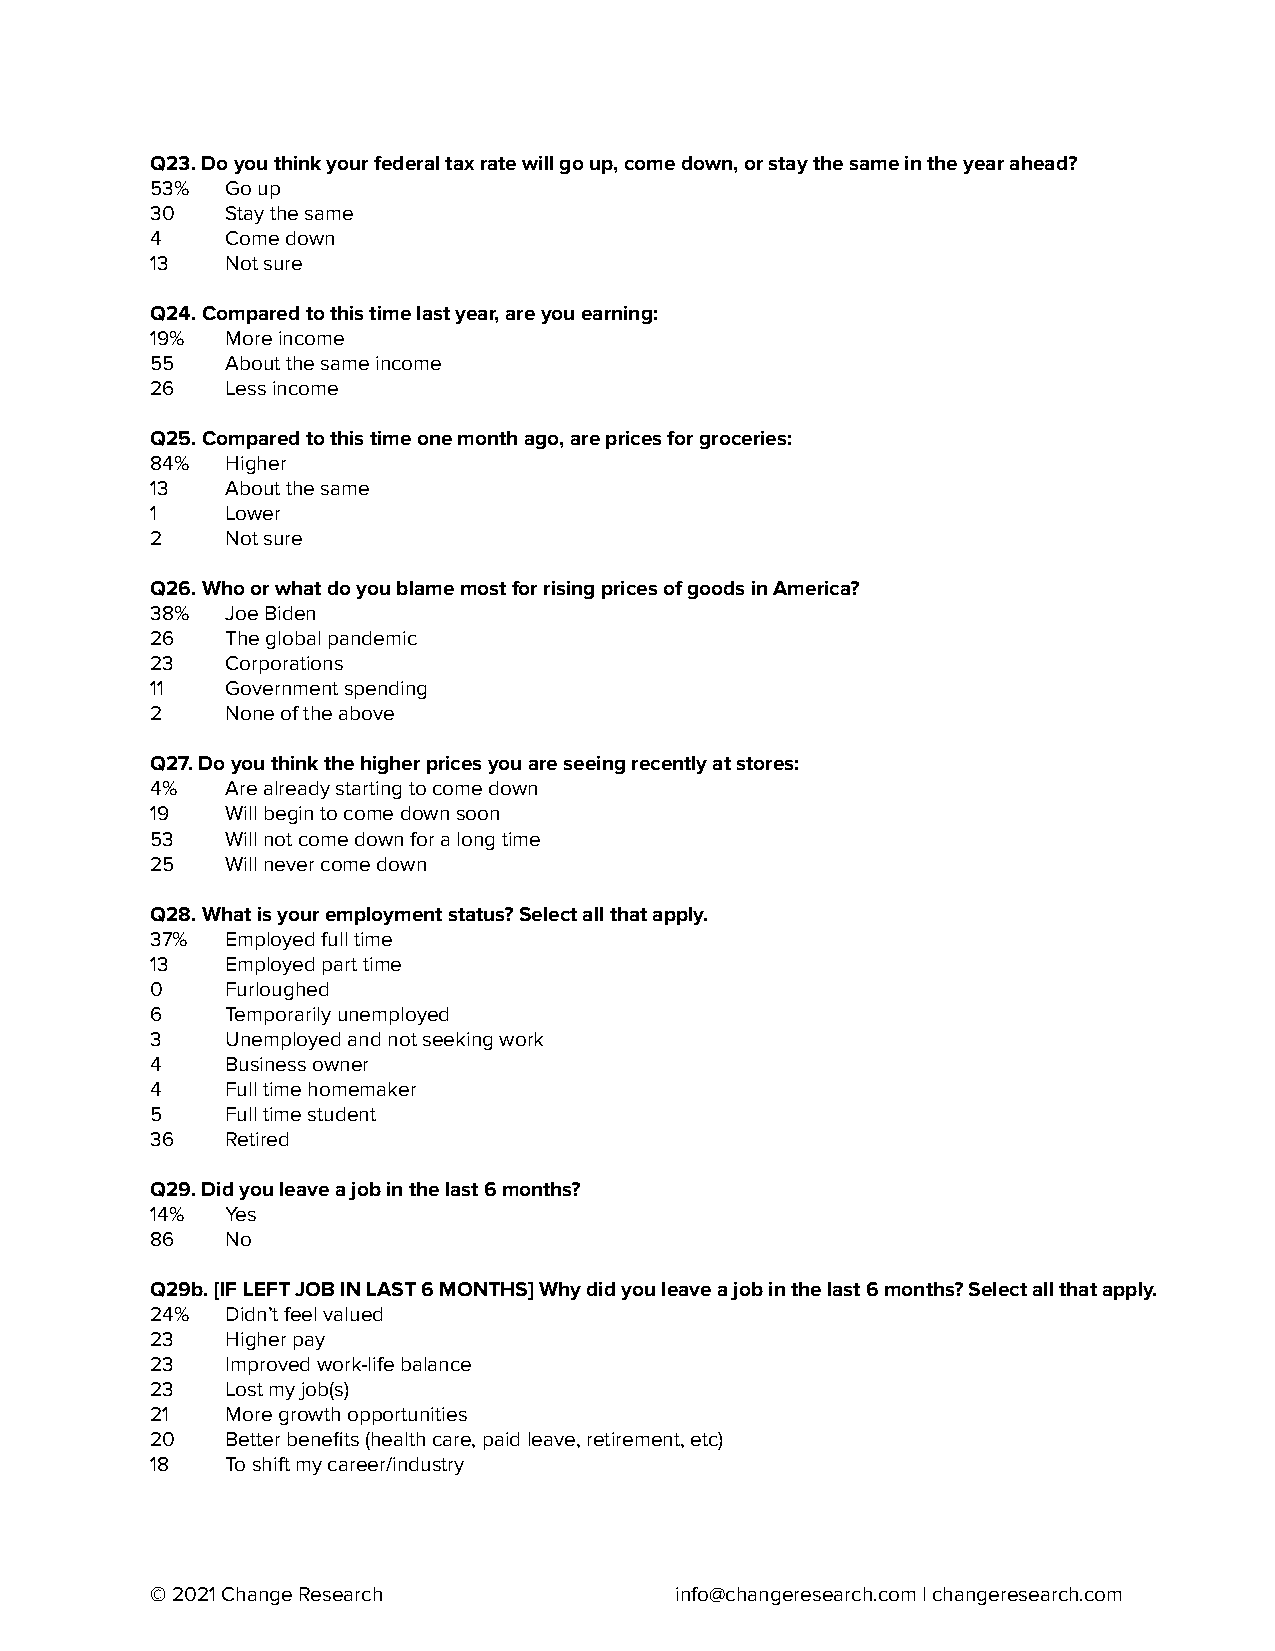
Q23. Do you think your federal tax rate will go up, come down, or stay the same in the year ahead?
 53%  Go up
 30   Stay the same
 4    Come down
 13   Not sure
 Q24. Compared to this time last year, are you earning:
 19%  More income
 55   About the same income
 26   Less income
 Q25. Compared to this time one month ago, are prices for groceries:
 84%  Higher
 13   About the same
 1    Lower
 2    Not sure
 Q26. Who or what do you blame most for rising prices of goods in America?
 38%  Joe Biden
 26   The global pandemic
 23   Corporations
 11   Government spending
 2    None of the above
 Q27. Do you think the higher prices you are seeing recently at stores:
 4%   Are already starting to come down
 19   Will begin to come down soon
 53   Will not come down for a long time
 25   Will never come down
 Q28. What is your employment status? Select all that apply.
 37%  Employed full time
 13   Employed part time
 0    Furloughed
 6    Temporarily unemployed
 3    Unemployed and not seeking work
 4    Business owner
 4    Full time homemaker
 5    Full time student
 36   Retired
 Q29. Did you leave a job in the last 6 months?
 14%  Yes
 86   No
 Q29b. [IF LEFT JOB IN LAST 6 MONTHS] Why did you leave a job in the last 6 months? Select all that apply.
 24%  Didn’t feel valued
 23   Higher pay
 23   Improved work-life balance
 23   Lost my job(s)
 21   More growth opportunities
 20   Better benefits (health care, paid leave, retirement, etc)
 18   To shift my career/industry
 © 2021 Change Research             info@changeresearch.com| changeresearch.com